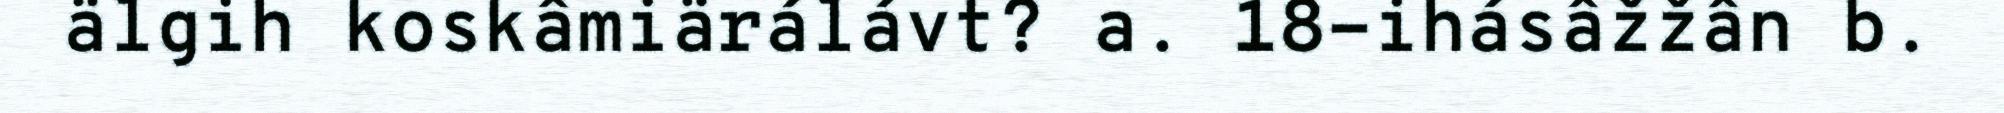
älgih koskâmiärálávt? a. 18-ihásâžžân b.